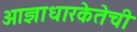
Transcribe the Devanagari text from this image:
आज्ञाधारकेतेची